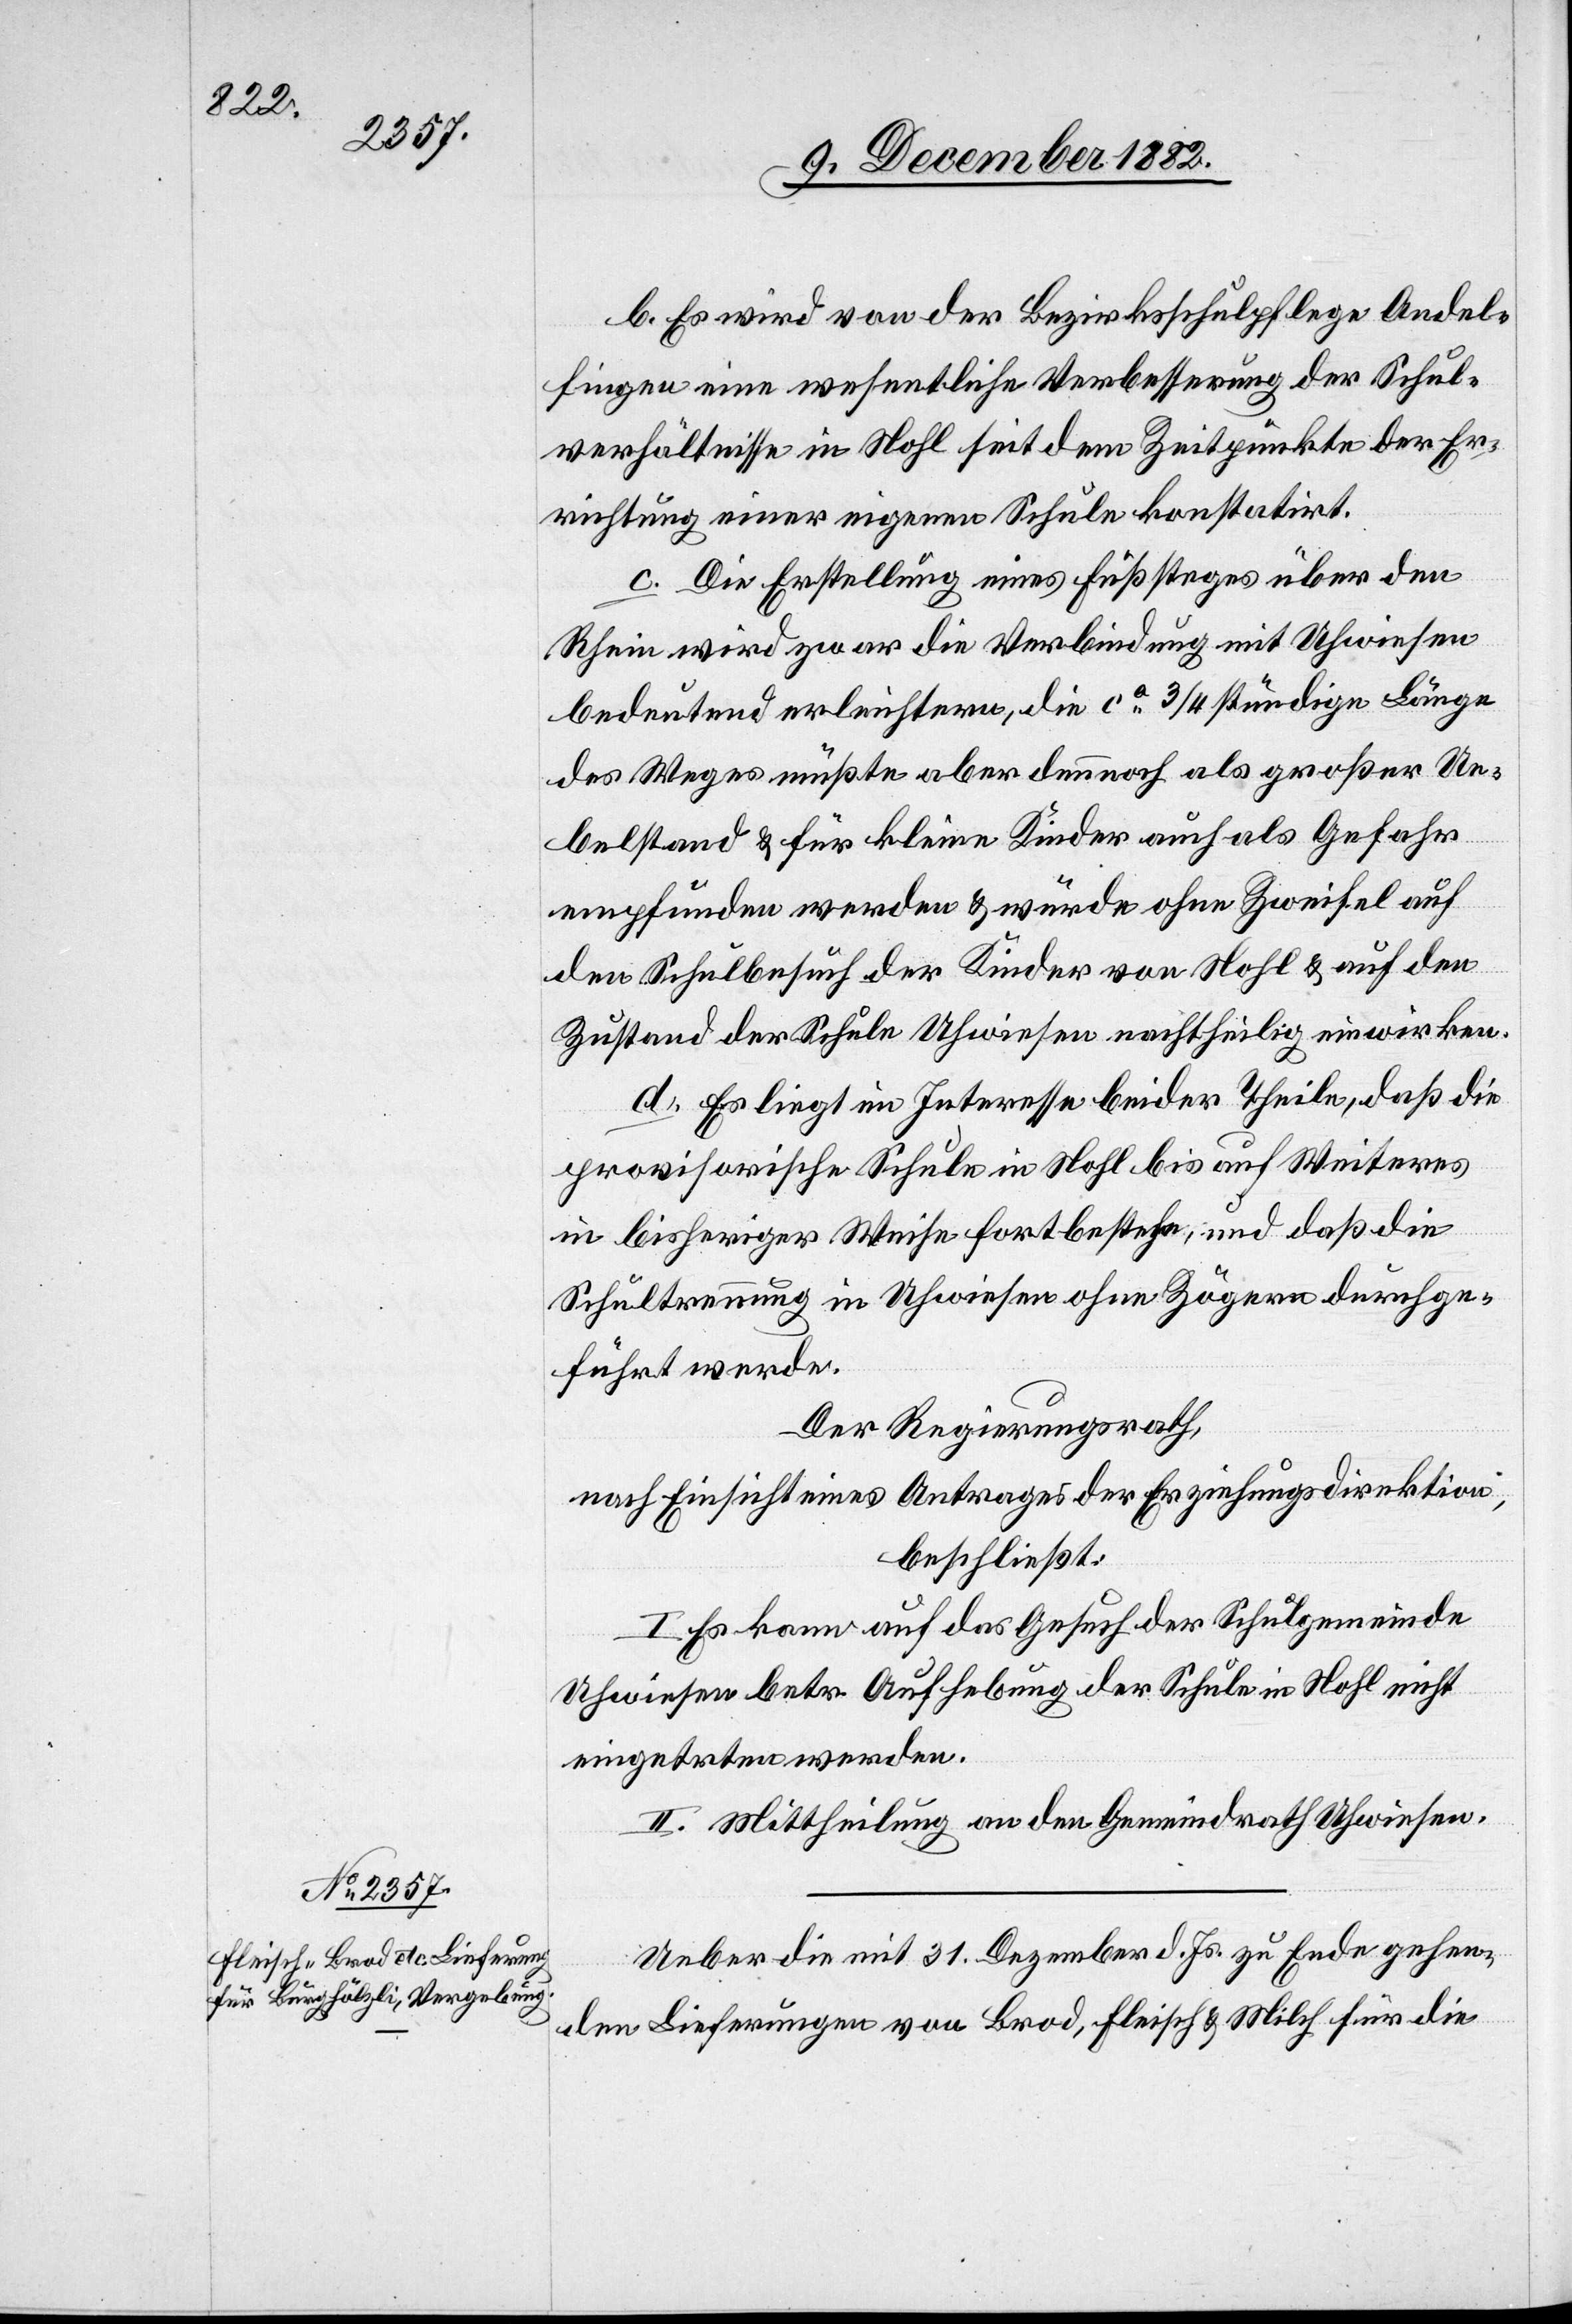
b. Es wird von der Bezirksschulpflege Andel¬
fingen eine wesentliche Verbesserung der Schul¬
verhältnisse in Nohl seit dem Zeitpunkte der Er¬
richtung einer eigenen Schule konstatirt.
c. Die Erstellung eines Fußsteges über den
Rhein wird zwar die Verbindung mit Uhwiesen
bedeutend erleichtern, die ca 3/4 stündige Länge
des Weges müßte aber dennoch als großer Ue¬
belstand & für kleine Kinder auch als Gefahr
empfunden werden & es würde ohne Zweifel auf
den Schulbesuch der Kinder von Nohl & auf den
Zustand der Schule Uhwiesen nachtheilig einwirken.
d. Es liegt im Interesse beider Theile, daß die
provisorische Schule in Nohl bis auf Weiteres
in bisheriger Weise fortbestehe, und daß die
Schultrennung in Uhwiesen ohne Zögern durchge¬
führt werde.
Der Regierungsrath,
nach Einsicht eines Antrages der Erziehungsdirektion,
beschließt:
I. Es kann auf das Gesuch der Schulgemeinde
Uhwiesen betr. Aufhebung der Schule in Nohl nicht
eingetreten werden.
II. Mittheilung an den Gemeindrath Uhwiesen.
Ueber die mit 31. Dezember d. Js. zu Ende gehen¬
den Lieferungen von Brod, Fleisch & Milch für die